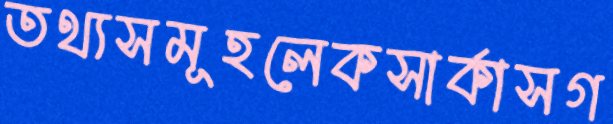
তথ্যসমূহলেকসার্কাসগ